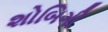
શોબિગી